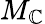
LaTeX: M_{\mathbb{C}}